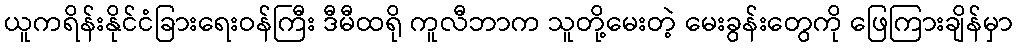
ယူကရိန်းနိုင်ငံခြားရေးဝန်ကြီး ဒီမီထရို ကူလီဘာက သူတို့မေးတဲ့ မေးခွန်းတွေကို ဖြေကြားချိန်မှာ